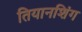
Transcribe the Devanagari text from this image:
तियानशिंग